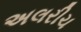
અલરીચ